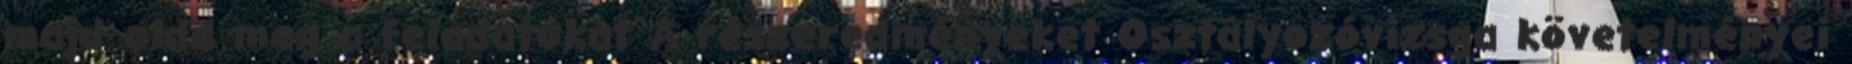
majd oldd meg a feladatokat A részeredményeket Osztályozóvizsga követelményei